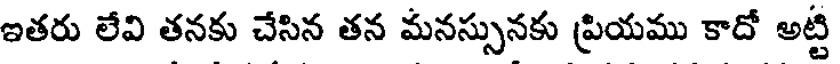
ఇతరు లేవి తనకు చేసిన తన మనస్సునకు ప్రియము కాదో అట్టి